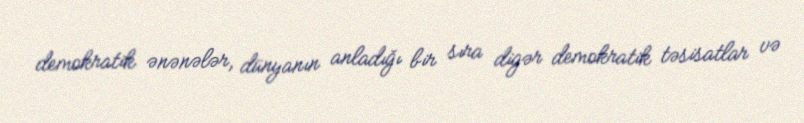
demokratik ənənələr, dünyanın anladığı bir sıra digər demokratik təsisatlar və